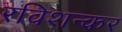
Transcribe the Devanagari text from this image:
रविशन्कर